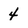
Character: 4